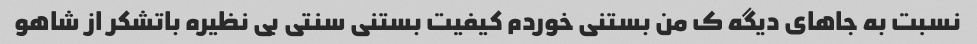
نسبت به جاهای دیگه ک من بستنی خوردم کیفیت بستنی سنتی بی نظیره باتشکر از شاهو